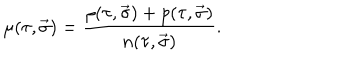
\mu ( \tau , \vec { \sigma } ) = \frac { \rho ( \tau , \vec { \sigma } ) + p ( \tau , \vec { \sigma } ) } { n ( \tau , \vec { \sigma } ) } .